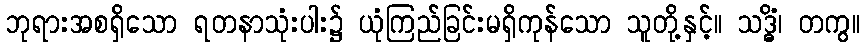
ဘုရားအစရှိသော ရတနာသုံးပါး၌ ယုံကြည်ခြင်းမရှိကုန်သော သူတို့နှင့်။ သဒ္ဓိံ၊ တကွ။